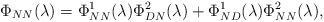
LaTeX: \begin{align*}\Phi_{NN}(\lambda)=\Phi_{NN}^1(\lambda)\Phi_{DN}^2(\lambda)+\Phi_{ND}^1(\lambda)\Phi_{NN}^2(\lambda),\end{align*}